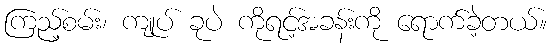
ကြည့်စမ်း၊ ကျုပ် ခုပဲ ကိုရင့်အခန်းကို ရောက်ခဲ့တယ်။